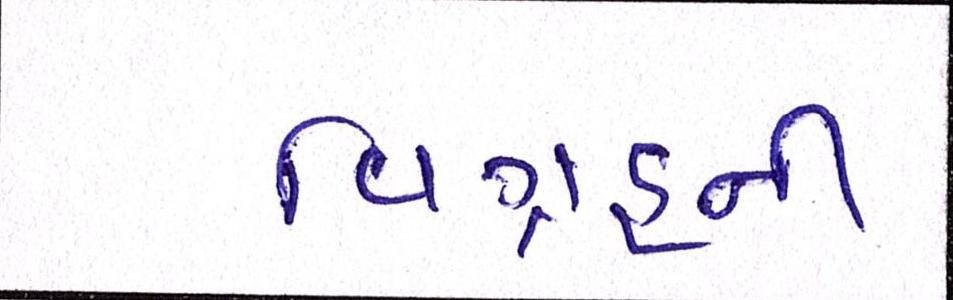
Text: વિગ્રહની